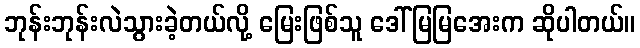
ဘုန်းဘုန်းလဲသွားခဲ့တယ်လို့ မြေးဖြစ်သူ ဒေါ်မြမြအေးက ဆိုပါတယ်။